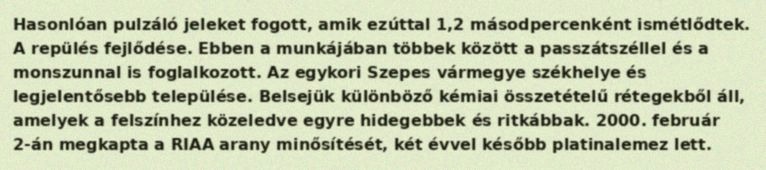
Hasonlóan pulzáló jeleket fogott, amik ezúttal 1,2 másodpercenként ismétlődtek. A repülés fejlődése. Ebben a munkájában többek között a passzátszéllel és a monszunnal is foglalkozott. Az egykori Szepes vármegye székhelye és legjelentősebb települése. Belsejük különböző kémiai összetételű rétegekből áll, amelyek a felszínhez közeledve egyre hidegebbek és ritkábbak. 2000. február 2-án megkapta a RIAA arany minősítését, két évvel később platinalemez lett.